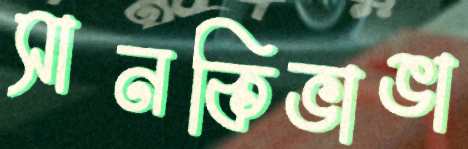
সানকিভাঙা